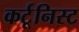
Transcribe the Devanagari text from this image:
कर्टूनिस्ट